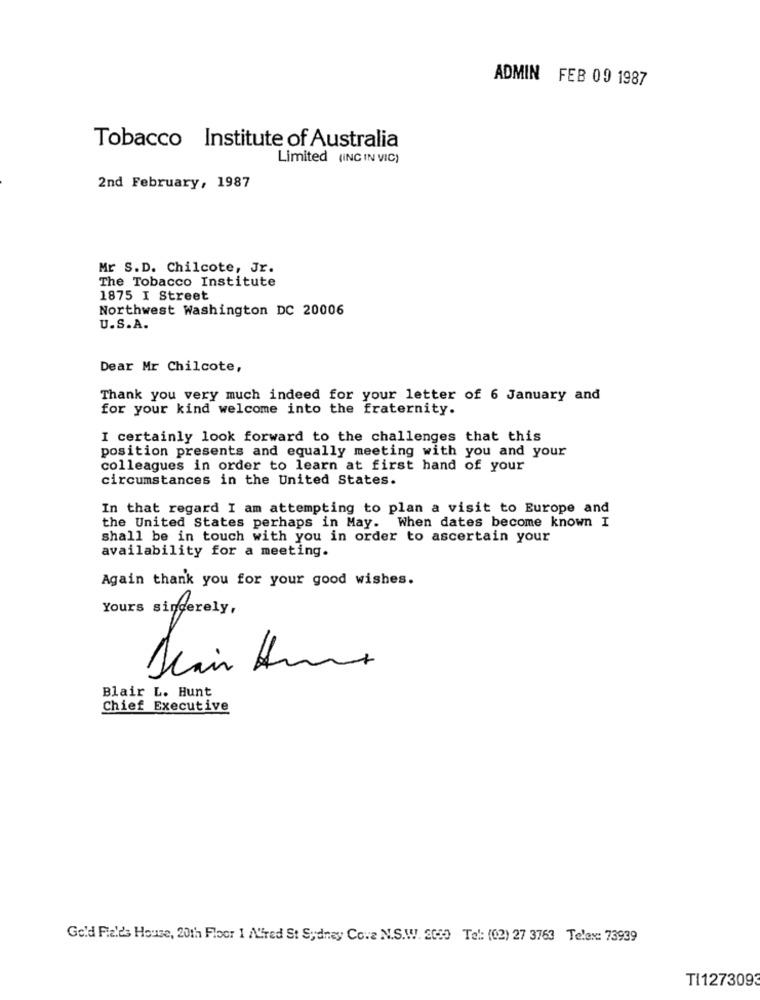
ADMIN FEB 09 1987
Tobacco Institute of Australia
Limited (INC IN VIC)
2nd February, 1987
Mr S.D. Chilcote, Jr.
The Tobacco Institute
1875 I Street
Northwest Washington DC 20006
U.S.A.
Dear Mr Chilcote,
Thank you very much indeed for your letter of 6 January and
for your kind welcome into the fraternity.
I certainly look forward to the challenges that this
position presents and equally meeting with you and your
colleagues in order to learn at first hand of your
circumstances in the United States.
In that regard I am attempting to plan a visit to Europe and
the United States perhaps in May. When dates become known I
shall be in touch with you in order to ascertain your
availability for a meeting.
Again thank you for your good wishes.
Yours sincerely,
Blair L. Hunt
Chief Executive
Gold Fields House, 20th Floor 1 Alfred St Sydney Cora N.S.W. 2050 Tel: (02) 27 3763 Telex: 73939
TI1273093